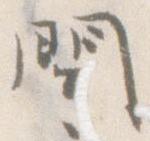
問